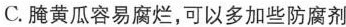
C.腌黄瓜容易腐烂，可以多加些防腐剂